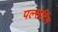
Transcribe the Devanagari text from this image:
पल्सेटिंग